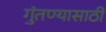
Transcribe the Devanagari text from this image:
गुंतण्यासाठी